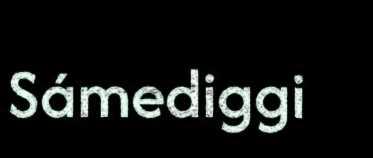
Sámediggi